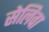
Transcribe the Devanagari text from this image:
सेलिवा